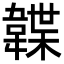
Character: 韘